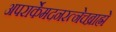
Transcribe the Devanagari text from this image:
अपरार्केमदनरत्नेचब्राह्मे